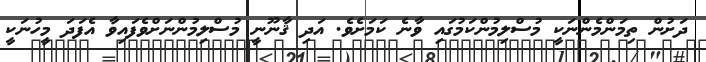
ދަށުން ތިމަންމެންނަކީ މުސްލިމުންކަމުގައި ވާނެ ކަމަށެވެ. އަދި ޤާނޫނީ މުސްލިމުންނަށްވެފައިވާ އެފަދަ މީހުނަކީ